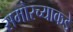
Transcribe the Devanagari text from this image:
समोरच्याकडे